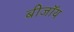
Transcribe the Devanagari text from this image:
बीजॉय